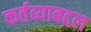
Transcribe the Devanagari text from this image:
कर्तव्याबद्दल